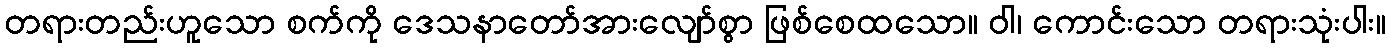
တရားတည်းဟူသော စက်ကို ဒေသနာတော်အားလျော်စွာ ဖြစ်စေထသော။ ဝါ၊ ကောင်းသော တရားသုံးပါး။